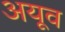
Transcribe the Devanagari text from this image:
अयूव